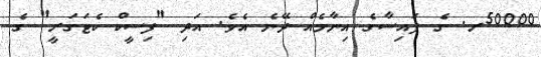
50000ރ. ގެ ފައިސާގެ އިނާމެއް ދޭނެ އެވެ. އަދި "ފިސީކް ކެޓަގަރީ" ގެ